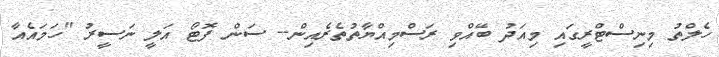
ހެލްތު މިނިސްޓްރީގައި މިއަދު ބޭއްވި ރަސްމިއްޔާތުތެރެއިން-- ސަން ފޮޓޯ އަލީ ނަސީރު "ހަމައެއާ